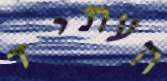
העתיד